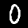
Digit: 0